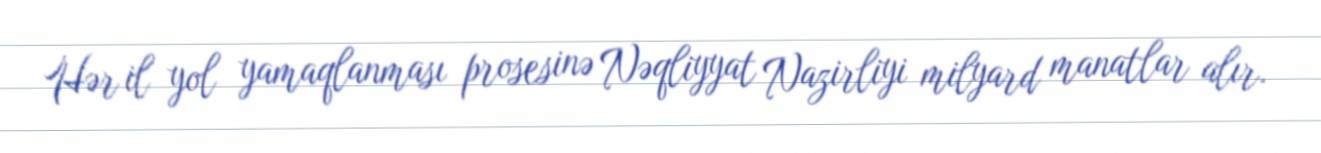
Hər il yol yamaqlanması prosesinə Nəqliyyat Nazirliyi milyard manatlar alır.